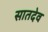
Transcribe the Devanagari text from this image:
सातदेव